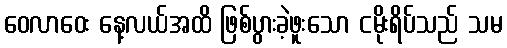
ဝေလာဝေး နေ့လယ်အထိ ဖြစ်ပွားခဲ့ဖူးသော ငမိုးရိပ်သည် သမ